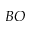
B O